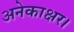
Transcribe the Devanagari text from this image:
अनेकाक्षर।